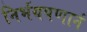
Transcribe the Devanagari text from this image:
निर्भयपणानं